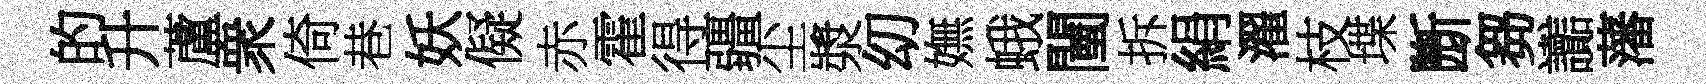
的升蘆衆倚巷妖儗赤霍得疆尘漿㓜嫵蛾闉拆絹濯枝堞㫁芻讟藩